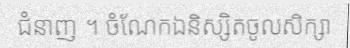
ជំនាញ ។ ចំណែកឯនិស្សិតចូលសិក្សា